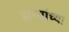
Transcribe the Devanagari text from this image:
झर्‍यांच्या